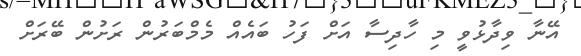
އޭނާ ވިދާޅުވީ މި ހާދިސާ އަށް ފަހު ބައެއް މެމްބަރުން ރަށުން ބޭރަށް